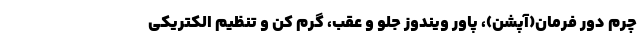
چرم دور فرمان(آپشن)، پاور ویندوز جلو و عقب، گرم کن و تنظیم الکتریکی